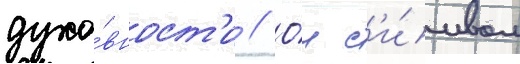
духо́вност'и // О́н с'и́мвол